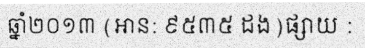
ឆ្នាំ២០១៣ (អាន: ៩៥៣៥ ដង)ផ្សាយ :